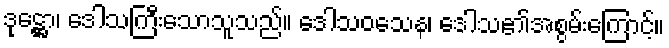
ဒုဋ္ဌော၊ ဒေါသကြီးသောသူသည်။ ဒေါသဝသေန၊ ဒေါသ၏အစွမ်းကြောင့်။